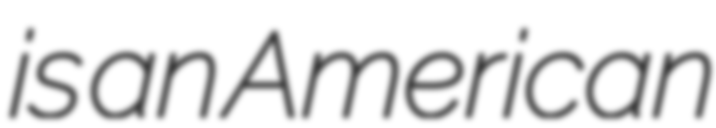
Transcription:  is an American